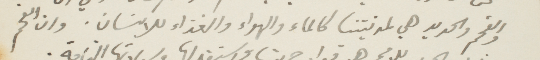
والفحم والحديد هي لمدنيتنا كالماء والهواء والغذاء للأنسان. وان الفحم